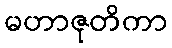
မဟာဇုတိကာ